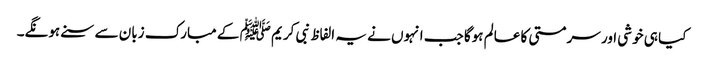
کیا ہی خوشی اور سرمستی کا عالم ہوگا جب انہوں نے یہ الفاظ نبی کریم ﷺ کے مبارک زبان سے سنے ہونگے۔